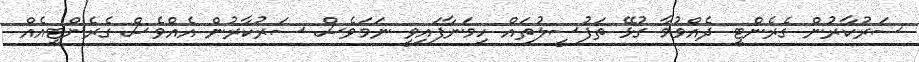
ސަރުކާރުން ގެރެންޓީ ދެއްވުމާ ގުޅޭ ތަފުސީލުތައް ހިމަނާފައިވީ ނަމަވެސް ސަރުކާރުން އެއްވެސް ގެރެންޓީއެއް